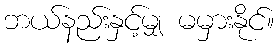
ဘယ်နည်းနှင့်မျှ မမှားနိုင်။